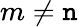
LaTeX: m\neq\mathtt{n}